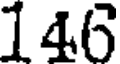
146